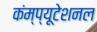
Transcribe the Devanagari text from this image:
कंम्‍प्‍यूटेशनल